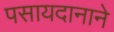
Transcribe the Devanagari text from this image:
पसायदानाने